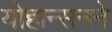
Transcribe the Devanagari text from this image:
योहान्सनने